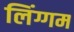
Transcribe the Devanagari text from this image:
लिंग्गम